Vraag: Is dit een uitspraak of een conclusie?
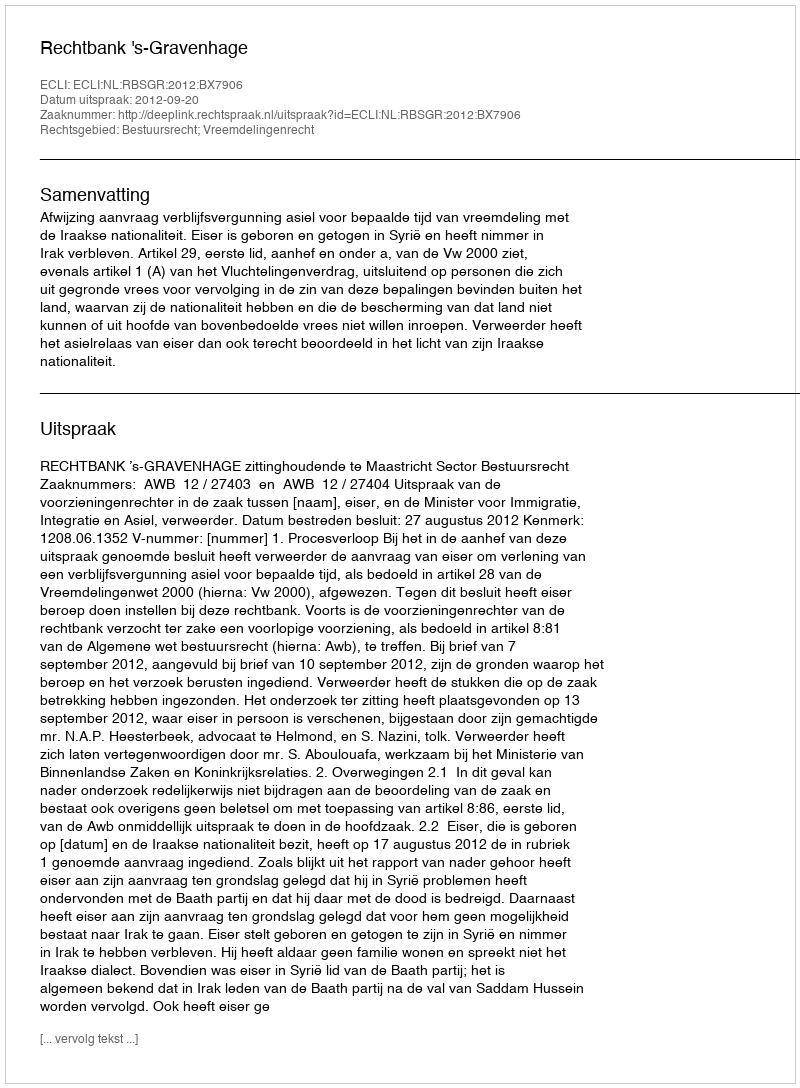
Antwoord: Uitspraak